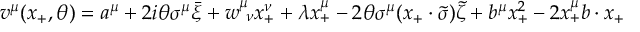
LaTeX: v ^ { \mu } ( x _ { + } , \theta ) = a ^ { \mu } + 2 i \theta \sigma ^ { \mu } \bar { \xi } + w _ { ~ \nu } ^ { \mu } x _ { + } ^ { \nu } + \lambda x _ { + } ^ { \mu } - 2 \theta \sigma ^ { \mu } ( x _ { + } \cdot \tilde { \sigma } ) \tilde { \zeta } + b ^ { \mu } x _ { + } ^ { 2 } - 2 x _ { + } ^ { \mu } b \cdot x _ { + }